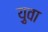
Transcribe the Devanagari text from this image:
य़ुवा